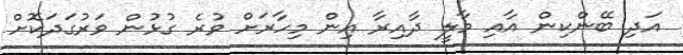
އަދި ބޭންކިން އާއި މާލީ ދާއިރާ އިން މިހާރަށް ވުރެ ގުޅުން ވަރުގަދަކޮށް